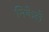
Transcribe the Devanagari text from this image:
निकेले